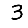
Digit: 3